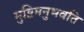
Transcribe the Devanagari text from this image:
मुष्टिमनुभवति